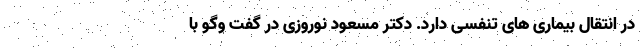
در انتقال بیماری های تنفسی دارد. دکتر مسعود نوروزی در گفت وگو با